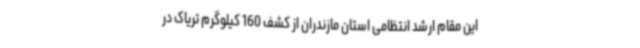
این مقام ارشد انتظامی استان مازندران از کشف 160 کیلوگرم تریاک در